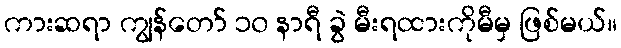
ကားဆရာ ကျွန်တော် ၁၀ နာရီ ခွဲ မီးရထားကိုမီမှ ဖြစ်မယ်။